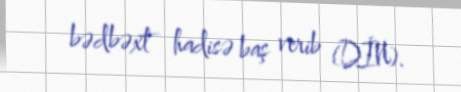
bədbəxt hadisə baş verib (DİN).